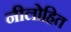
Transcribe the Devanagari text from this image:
नीलोहित